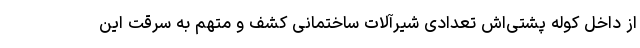
از داخل کوله پشتی‌اش تعدادی شیرآلات ساختمانی کشف و متهم به سرقت این